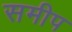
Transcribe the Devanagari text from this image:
समीप